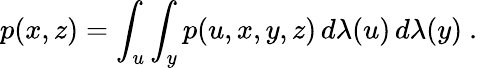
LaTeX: p(x,z)=\int_{u}\int_{y}p(u,x,y,z)\, d\lambda(u)\, d\lambda(y)\mathrm{~.~}